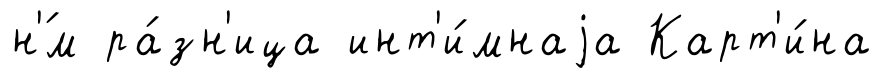
н'́м ра́зн'ица инт'и́мнаjа Карт'и́на